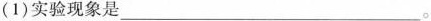
（1）实验现象是___。